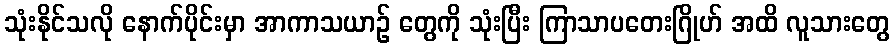
သုံးနိုင်သလို နောက်ပိုင်းမှာ အာကာသယာဉ် တွေကို သုံးပြီး ကြာသာပတေးဂြိုဟ် အထိ လူသားတွေ